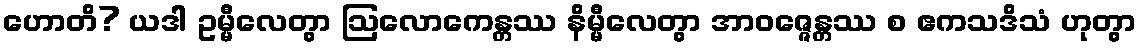
ဟောတိ? ယဒါ ဥမ္မီလေတွာ ဩလောကေန္တဿ နိမ္မီလေတွာ အာဝဇ္ဇေန္တဿ စ ဧကသဒိသံ ဟုတွာ